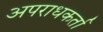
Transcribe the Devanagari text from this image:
अपराधकर्ता